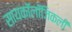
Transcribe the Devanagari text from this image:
सायकॉलॉजिकली